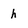
Character: h